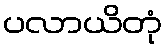
ပလာယိတုံ